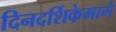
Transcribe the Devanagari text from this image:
दिनदर्शिकेमागे